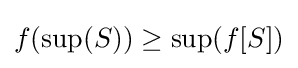
f(\sup(S))\geq \sup(f[S])